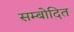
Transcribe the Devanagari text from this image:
सम्बोदित